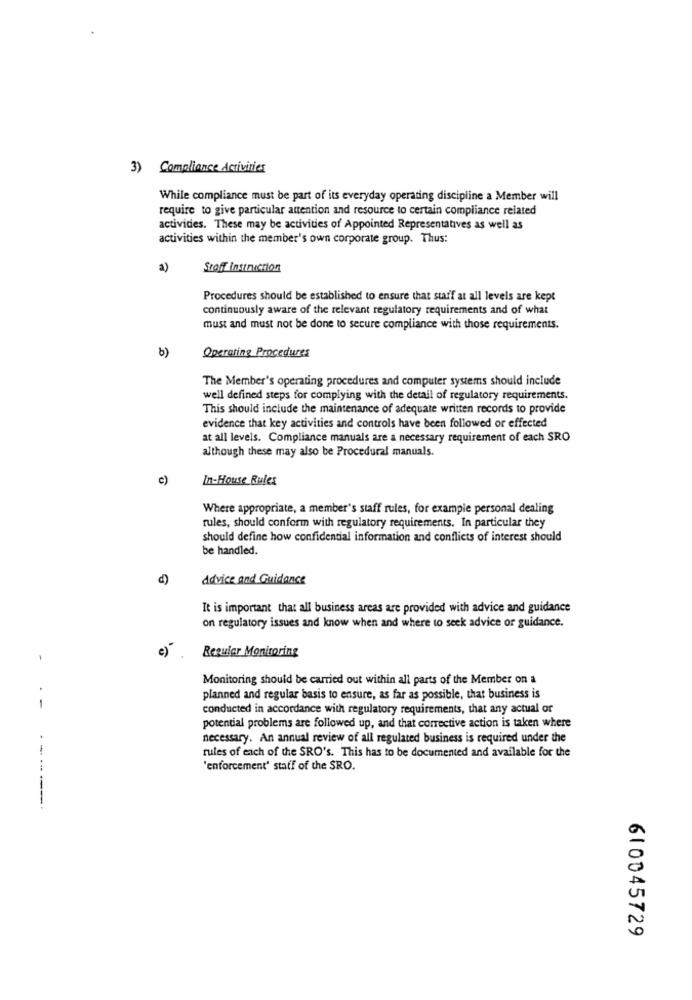
3) Compliance Activities
While compliance must be part of its everyday operating discipline a Member will
require to give particular attention and resource to certain compliance related
activities. These may be activities of Appointed Representatives as well as
activities within the member's own corporate group. Thus:
a)
Stoff instruction
Procedures should be established to ensure that staff at all levels are kept
continuously aware of the relevant regulatory requirements and of what
must and must not be done to secure compliance with those requirements.
Operating Procedures
b)
The Member's operating procedures and computer systems should include
well defined steps for complying with the detail of regulatory requirements.
This should include the maintenance of adequate written records to provide
evidence that key activities and controls have been followed or effected
at all levels. Compliance manuals are a necessary requirement of each SRO
although these may also be Procedural manuals.
c)
In-House Rules
Where appropriate, a member's staff rules, for example personal dealing
rules, should conform with regulatory requirements. In particular they
should define how confidential information and conflicts of interest should
be handled.
c)
Advice and Guidance
It is important that all business areas are provided with advice and guidance
on regulatory issues and know when and where to seek advice or guidance.
Regular Monitoring
-
e)
Monitoring should be carried out within all parts of the Member on a
planned and regular basis to ensure, as far as possible, that business is
-
conducted in accordance with regulatory requirements, that any actual or
potential problems are followed up, and that corrective action is taken where
necessary. An annual review of all regulated business is required under the
rules of each of the SRO's. This has to be documented and available for the
'enforcement' staff of the SRO.
-----
610045729